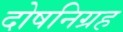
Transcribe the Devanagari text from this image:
दोषनिग्रह